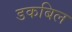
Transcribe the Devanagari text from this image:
डकबिल